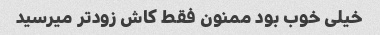
خیلی خوب بود ممنون فقط کاش زودتر میرسید